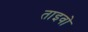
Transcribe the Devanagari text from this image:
ताइवो